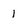
Character: 1